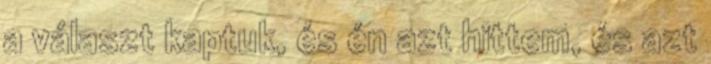
a választ kaptuk, és én azt hittem, és azt